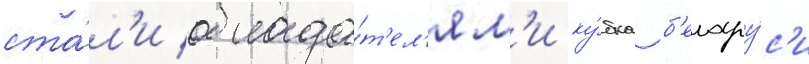
ста́л'и облада́т'ел'ям'и ку́бка б'елару́с'и